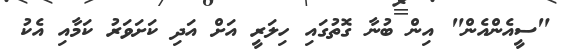
"ސީއެންއެން" އިން ބުނާ ގޮތުގައި ހިލަރީ އަށް އަދި ކަށަވަރު ކަމާއި އެކު